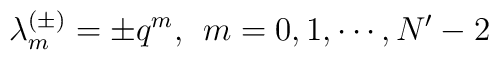
\lambda^{(\pm)}_m = \pm q^m  , \; \, m= 0,1,\cdots, N'-2